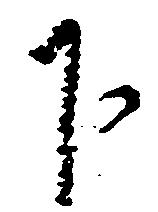
下